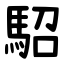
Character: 駋